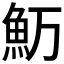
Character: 𱆤